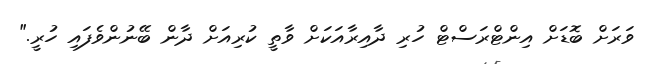
ވަރަށް ބޮޑަށް އިންޓްރަސްޓް ހުރި ދާއިރާއަކަށް ވާތީ ކުރިއަށް ދާން ބޭނުންވެފައި ހުރީ."